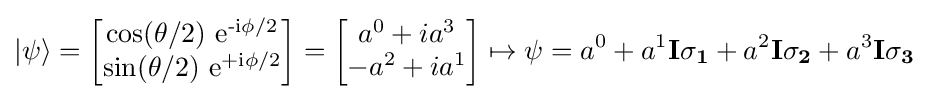
|\psi \rangle ={\begin{bmatrix}\operatorname {cos(\theta /2)\ e^{-i\phi /2}} \\\operatorname {sin(\theta /2)\ e^{+i\phi /2}} \end{bmatrix}}={\begin{bmatrix}a^{0}+ia^{3}\\-a^{2}+ia^{1}\end{bmatrix}}\mapsto \psi =a^{0}+a^{1}\mathbf {I\sigma _{1}} +a^{2}\mathbf {I\sigma _{2}} +a^{3}\mathbf {I\sigma _{3}}